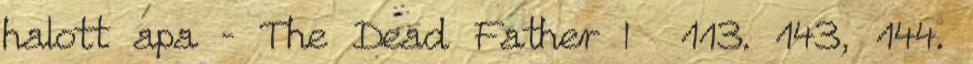
halott apa – The Dead Father I 113. 143, 144.